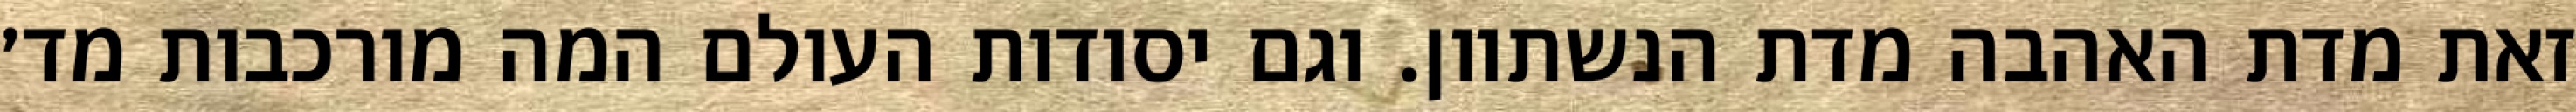
זאת מדת האהבה מדת הנשתוון. וגם יסודות העולם המה מורכבות מד׳